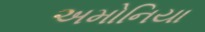
અમોનિયા